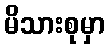
မိသားစုမှာ